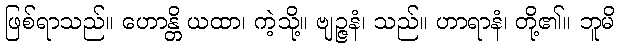
ဖြစ်ရာသည်။ ဟောန္တိ ယထာ၊ ကဲ့သို့။ ဗျဉ္ဇနံ၊ သည်။ ဟာရာနံ၊ တို့၏။ ဘူမိ